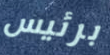
برئيس